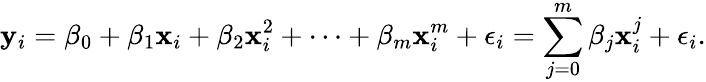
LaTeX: \mathbf{y}_{i}=\beta_{0}+\beta_{1}\mathbf{x}_{i}+\beta_{2}\mathbf{x}_{i}^{2}+\cdots+\beta_{m}\mathbf{x}_{i}^{m}+\epsilon_{i}=\sum_{j=0}^{m}\beta_{j}\mathbf{x}_{i}^{j}+\epsilon_{i}.